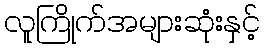
လူကြိုက်အများဆုံးနှင့်